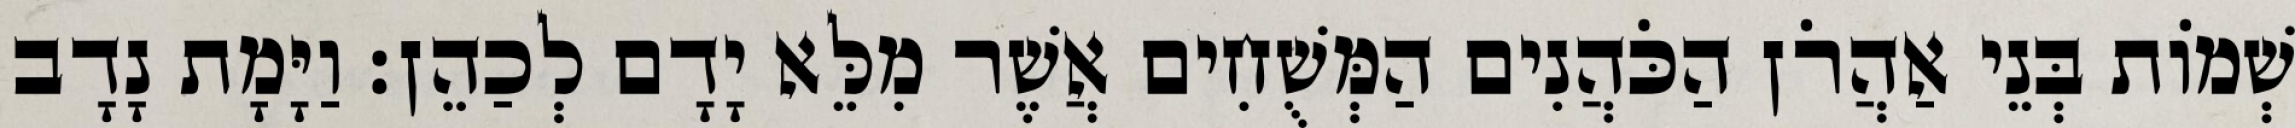
שְׁמוֹת בְּנֵי אַהֲרֹן הַכֹּהֲנִים הַמְּשֻׁחִים אֲשֶׁר מִלֵּא יָדָם לְכַהֵן׃ וַיָּמָת נָדָב